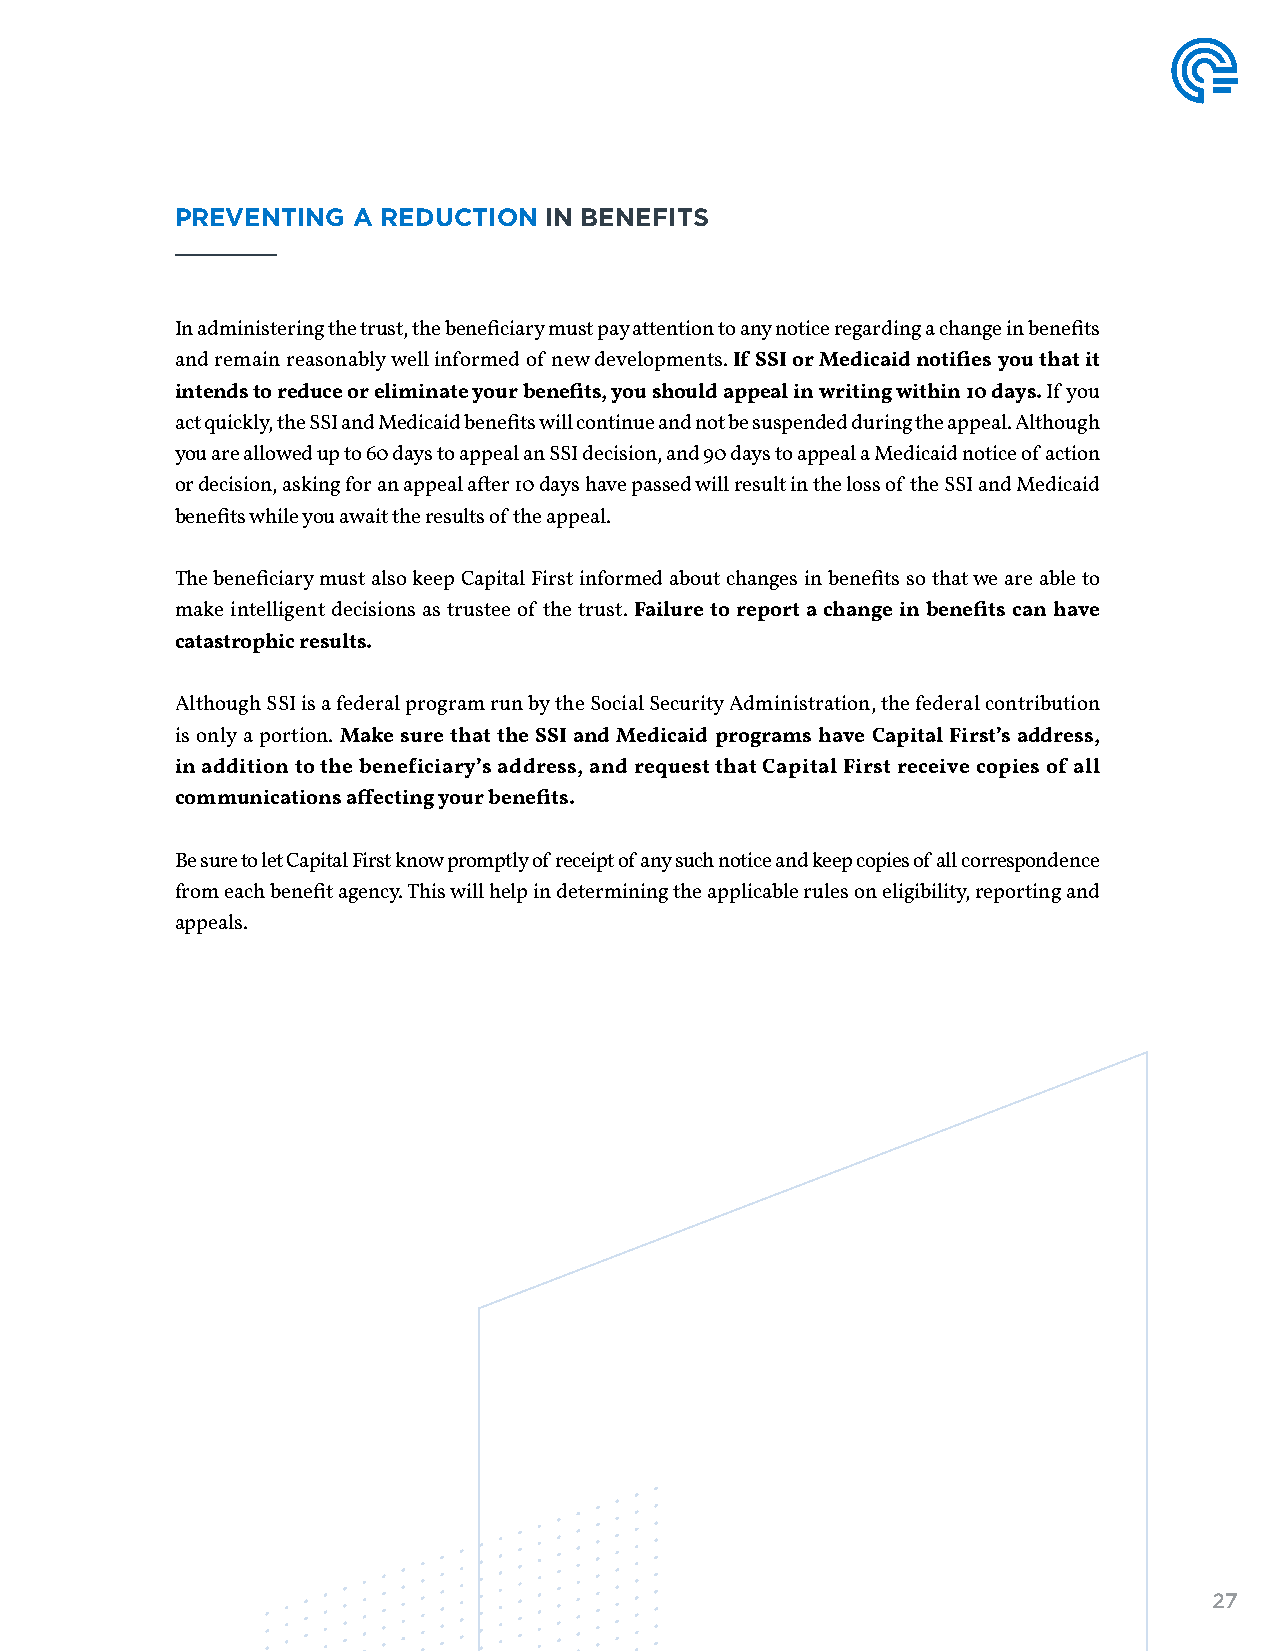
PREVENTING A REDUCTION  IN BENEFITS
 In administering the trust, the beneficiary must pay attention to any notice regarding a change in benefits
 and remain reasonably well informed of new developments. If SSI or Medicaid notifies you that it
 intends to reduce or eliminate your benefits, you should appeal in writing within 10 days. If you
 act quickly, the SSI and Medicaid benefits will continue and not be suspended during the appeal. Although
 you are allowed up to 60 days to appeal an SSI decision, and 90 days to appeal a Medicaid notice of action
 or decision, asking for an appeal after 10 days have passed will result in the loss of the SSI and Medicaid
 benefits while you await the results of the appeal.
 The beneficiary must also keep Capital First informed about changes in benefits so that we are able to
 make intelligent decisions as trustee of the trust. Failure to report a change in benefits can have
 catastrophic results.
 Although SSI is a federal program run by the Social Security Administration, the federal contribution
 is only a portion. Make sure that the SSI and Medicaid programs have Capital First’s address,
 in addition to the beneficiary’s address, and request that Capital First receive copies of all
 communications affecting your benefits.
 Be sure to let Capital First know promptly of receipt of any such notice and keep copies of all correspondence
 from each benefit agency. This will help in determining the applicable rules on eligibility, reporting and
 appeals.
 27